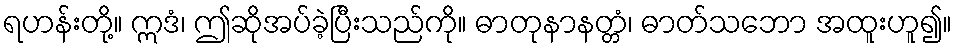
ရဟန်းတို့။ ဣဒံ၊ ဤဆိုအပ်ခဲ့ပြီးသည်ကို။ ဓာတုနာနတ္တံ၊ ဓာတ်သဘော အထူးဟူ၍။